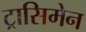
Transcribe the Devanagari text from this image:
ट्रासिमेन